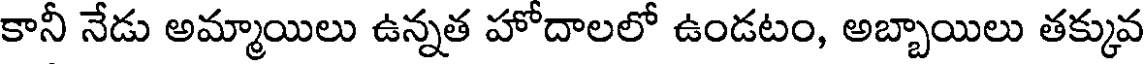
కానీ నేడు అమ్మాయిలు ఉన్నత హోదాలలో ఉండటం, అబ్బాయిలు తక్కువ